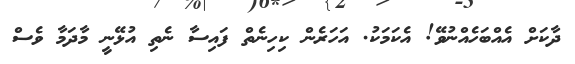
ދާކަށް އެއްބަހެއްނުވޭ! އެކަމަކު. އަހަރެން ކިހިނެތް ފައިސާ ނެތި އުޅޭނީ މާދަމާ ވެސް